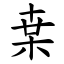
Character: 枽